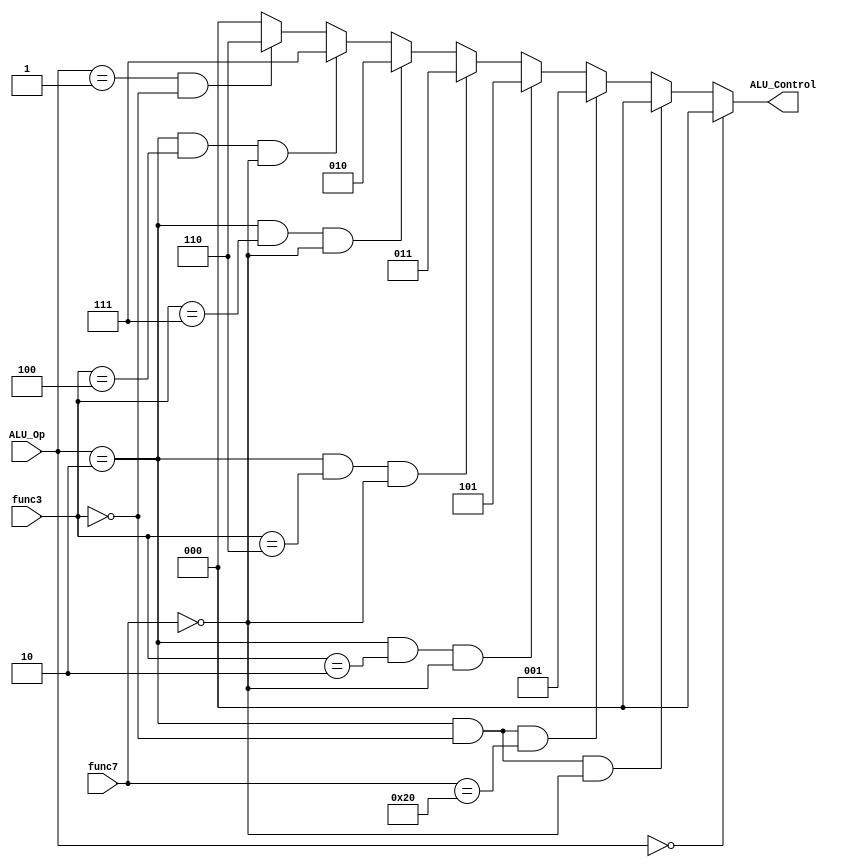
module ALU_Decoder(ALU_Op, func3, func7, ALU_Control);
  input [1:0] ALU_Op;
  input [2:0] func3;
  input [6:0] func7;
  output [2:0] ALU_Control;

  // Continuous assignment for ALU_Control
  assign ALU_Control = (ALU_Op == 2'b00) ? 3'b000 :                   // ALU_Op == 00 corresponds to R-type instructions
                       (ALU_Op == 2'b10 && func3 == 3'b000 && func7 == 7'b0000000) ? 3'b000 :  // ALU_Op == 10 with func3 = 000 and func7 = 0000000 corresponds to ADD
                       (ALU_Op == 2'b10 && func3 == 3'b000 && func7 == 7'b0100000) ? 3'b001 :  // ALU_Op == 10 with func3 = 000 and func7 = 0100000 corresponds to SUB
                       (ALU_Op == 2'b10 && func3 == 3'b010 && func7 == 7'b0000000) ? 3'b101 :  // ALU_Op == 10 with func3 = 010 corresponds to SLT
                       (ALU_Op == 2'b10 && func3 == 3'b110 && func7 == 7'b0000000) ? 3'b011 :  // ALU_Op == 10 with func3 = 110 corresponds to OR
                       (ALU_Op == 2'b10 && func3 == 3'b111 && func7 == 7'b0000000) ? 3'b010 :  // ALU_Op == 10 with func3 = 111 corresponds to AND
                       (ALU_Op == 2'b10 && func3 == 3'b100 && func7 == 7'b0000000) ? 3'b111 :  // ALU_Op == 10 with func3 = 100 corresponds to XOR
                       (ALU_Op == 2'b01 && func3 == 3'b000) ? 3'b110 :  // ALU_Op == b01 with func3 = 000 corresponds to BEQ
                       (ALU_Op == 2'b10 && func3 == 3'b000) ? 3'b000 :   // For I-type instructions with func3 = 000
                       3'b000; // Default value
endmodule